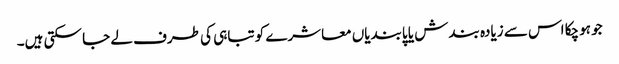
جو ہوچکا اس سے زیادہ بندش یا پابندیاں معاشرے کو تباہی کی طرف لے جا سکتی ہیں۔